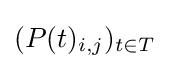
(P(t)_{i,j})_{t\in T}